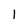
Character: 1